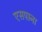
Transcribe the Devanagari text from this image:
एसपाना